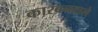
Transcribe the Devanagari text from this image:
कारबनवाले